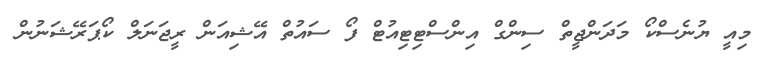
މިއީ ޔުނެސްކޯ މަދަންޖީތް ސިންގް އިންސްޓިޓިއުޓް ފޯ ސައުތް އޭޝިއަން ރީޖަނަލް ކޯޕަރޭޝަނުން